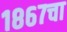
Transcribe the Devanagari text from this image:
१८६७चा